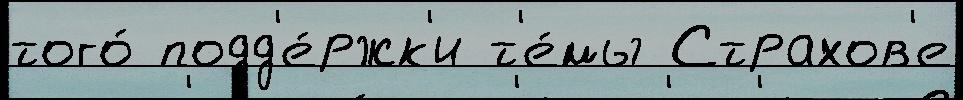
того́ подд'е́ржк'и т'е́мы Страхов'е